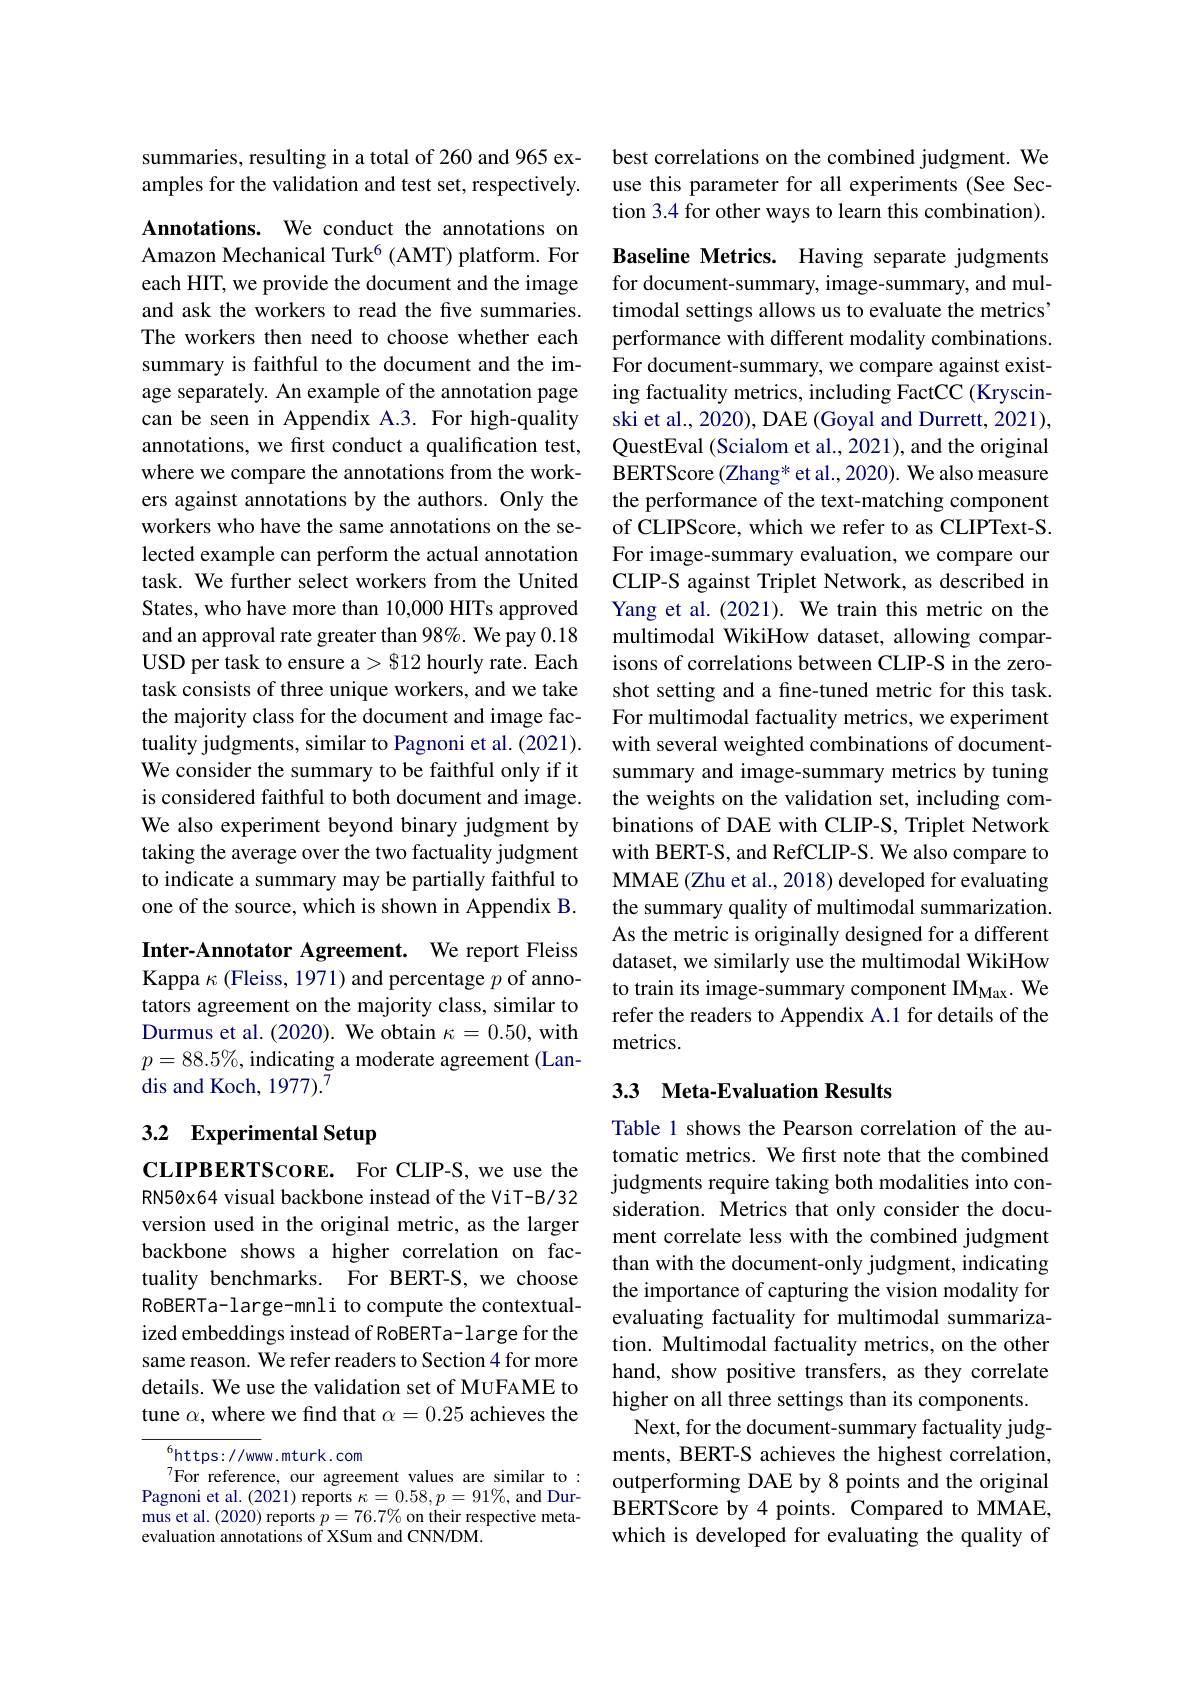
summaries, resulting in a total of 260 and 965 examples for the validation and test set, respectively.

Annotations. We conduct the annotations on Amazon Mechanical Turk$^{6}$ (AMT) platform. For each HIT, we provide the document and the image and ask the workers to read the five summaries. The workers then need to choose whether each summary is faithful to the document and the image separately. An example of the annotation page can be seen in Appendix A.3. For high-quality annotations, we first conduct a qualification test, where we compare the annotations from the workers against annotations by the authors. Only the workers who have the same annotations on the selected example can perform the actual annotation task. We further select workers from the United States, who have more than 10,000 HITs approved and an approval rate greater than 98%. We pay 0.18 USD per task to ensure a > 812 hourly rate. Each task consists of three unique workers, and we take the majority class for the document and image factuality judgments, similar to Pagnoni et al. (2021). We consider the summary to be faithful only if it is considered faithful to both document and image. We also experiment beyond binary judgment by taking the average over the two factuality judgment to indicate a summary may be partially faithful to one of the source, which is shown in Appendix B. Inter-Annotator Agreement. We report Fleiss Kappa $\kappa$ (Fleiss, 1971) and percentage $p$ of anno-

tators agreement on the majority class, similar to Durmus et al. (2020). We obtain $\kappa=0.50$, with $p=88.5\%$, indicating a moderate agreement (Landis and Koch, 1977).7

## 3.2 Experimental Setup

CLIPBERTScone. For CLIP-S, we use the RN50x64 visual backbone instead of the ViT-B/32 version used in the original metric, as the larger backbone shows a higher correlation on factuality benchmarks. For BERT-S, we choose RoBERTa-large-mnli to compute the contextualized embeddings instead of RoBERTa-large for the same reason. We refer readers to Section 4 for more details. We use the validation set of MUFAME to tune $\alpha$, where we find that $\alpha=0.25$ achieves the

$^{6}$https://www.mturk.com
$^{7}$For reference, our agreement values are similar to: Pagnoni et al. (2021) reports $\kappa=0.58,p=91\%$ and Durmus et al. (2020) reports $p=76.7\%$ on their respective metaevaluation annotations of XSum and CNN/DM.

best correlations on the combined judgment. We use this parameter for all experiments (See Section 3.4 for other ways to learn this combination).

Baseline Metrics. Having separate judgments for document-summary, image-summary, and multimodal settings allows us to evaluate the metrics' performance with different modality combinations. For document-summary, we compare against existing factuality metrics, including FactCC (Kryscinski et al., 2020), DAE (Goyal and Durrett, 2021), QuestEval (Scialom et al., 2021), and the original BERTScore (Zhang* et al., 2020). We also measure the performance of the text-matching component of CLIPScore, which we refer to as CLIPText-S For image-summary evaluation, we compare our CLIP-S against Triplet Network, as described in Yang et al. (2021). We train this metric on the multimodal WikiHow dataset, allowing comparisons of correlations between CLIP-S in the zeroshot setting and a fine-tuned metric for this task For multimodal factuality metrics, we experiment with several weighted combinations of documentsummary and image-summary metrics by tuning the weights on the validation set, including combinations of DAE with CLIP-S, Triplet Network with BERT-S, and RefCLIP-S. We also compare to MMAE (Zhu et al., 2018) developed for evaluating the summary quality of multimodal summarization As the metric is originally designed for a different dataset, we similarly use the multimodal WikiHow to train its image-summary component IM$_\mathrm{Max}.$ We refer the readers to Appendix A.1 for details of the metrics.

## 3.3 Meta-Evaluation Results

Table 1 shows the Pearson correlation of the automatic metrics. We frst note that the combined judgments require taking both modalities into consideration. Metrics that only consider the document correlate less with the combined judgment than with the document-only judgment, indicating the importance of capturing the vision modality for evaluating factuality for multimodal summarization. Multimodal factuality metrics, on the other hand, show positive transfers, as they correlate higher on all three settings than its components.
Next, for the document-summary factuality judgments, BERT-S achieves the highest correlation, outperforming DAE by 8 points and the original BERTScore by 4 points. Compared to MMAE, which is developed for evaluating the quality of